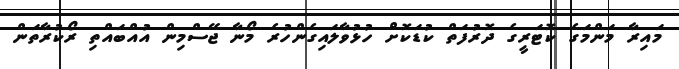
މައިރާ މަންމަގެ ކޮޓަރީގެ ދޮރުފަތް ކުޑަކޮށް ހުޅުވާލައިގެންހުރެ މޯނާ ޖޭސްމިން އުއްބައްތި ރޯކުރާތަން